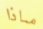
ماذا